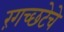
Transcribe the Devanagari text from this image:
रंगच्‍छटेचे